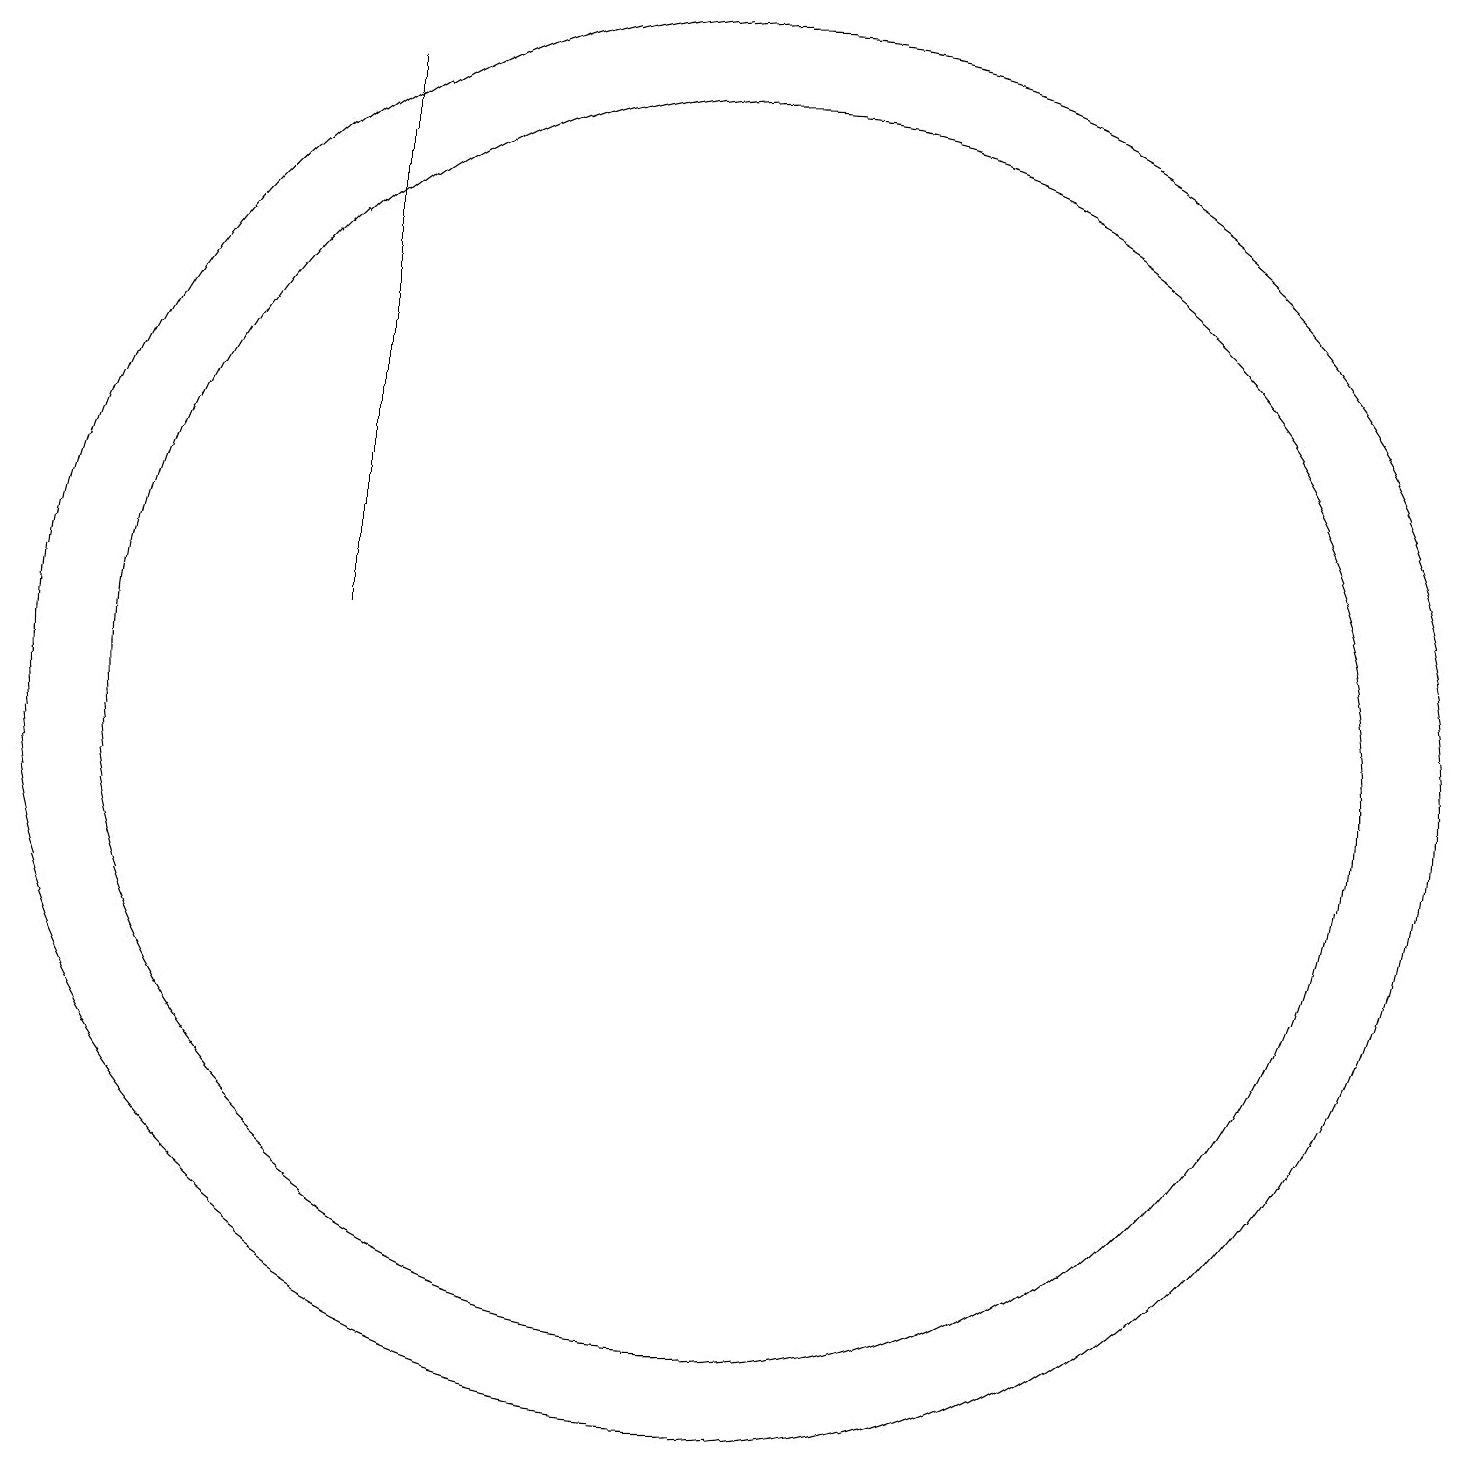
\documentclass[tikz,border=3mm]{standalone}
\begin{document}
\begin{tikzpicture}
\draw (11,10) circle (9);
\draw (6,11) rectangle (6,18);
\draw (11,10) circle (8);
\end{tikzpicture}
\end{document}